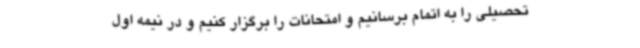
تحصیلی را به اتمام برسانیم و امتحانات را برگزار کنیم و در نیمه اول